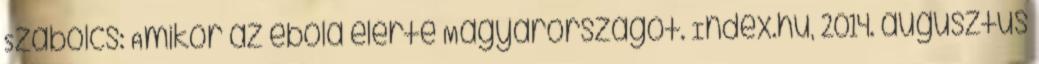
Szabolcs: Amikor az ebola elérte Magyarországot. Index.hu, 2014. augusztus